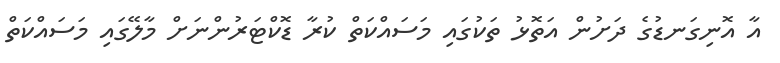
އާ އޮނިގަނޑުގެ ދަށުން އަތޮޅު ތަކުގައި މަސައްކަތް ކުރާ ޑޮކްޓަރުންނަށް މާލޭގައި މަސައްކަތް